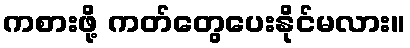
ကစားဖို့ ကတ်တွေပေးနိုင်မလား။